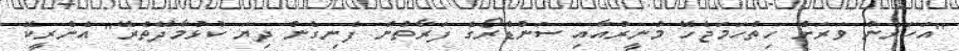
"އަހަރެން ވަރަށް ހިތްހަމަޖެހޭ މުނީރުއާއި ސަންޑްރޯގެ ފަރާތުން ފެނިގެން ދިޔަ ކުޅުމާދޭތެރޭ" އެންރީކޭ